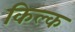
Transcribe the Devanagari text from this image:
किल्क